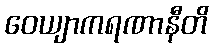
ဝေယျာကရဏာနီတိ